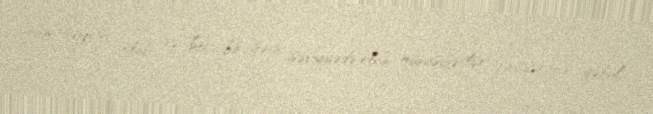
tam şəffaf olub və heç bir şəxsi səviyyədə olan münasibətlər bu qərarın qəbul